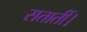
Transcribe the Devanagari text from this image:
सतातीं।